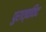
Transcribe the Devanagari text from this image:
पुरात्वविद